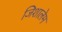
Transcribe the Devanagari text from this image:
जिशालेम